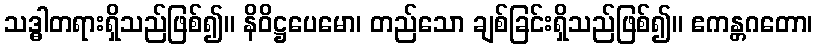
သဒ္ဓါတရားရှိသည်ဖြစ်၍။ နိဝိဋ္ဌပေမော၊ တည်သော ချစ်ခြင်းရှိသည်ဖြစ်၍။ ဧကန္တဂတော၊